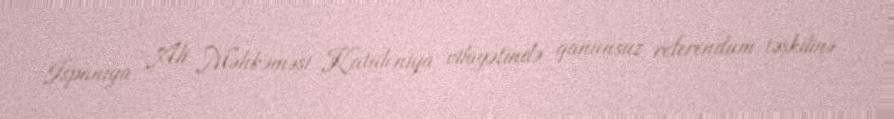
İspaniya Ali Məhkəməsi Kataloniya vilayətində qanunsuz referendum təşkilinə